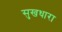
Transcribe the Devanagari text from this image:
सुखधारा